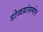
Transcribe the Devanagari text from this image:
डोळय़ांसमोर